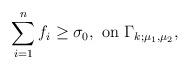
LaTeX: \begin{align*} \sum_{i=1}^{n}f_i\geq \sigma_0,\ {\rm on}\ \Gamma_{k;\mu_1,\mu_2}, \end{align*}